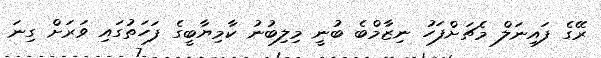
ރޭގެ ފައިނަލް މެޗަށްފަހު ނިޒާމްބެ ބުނީ މިލިބުނު ކާމިޔާބީގެ ފަހަތުގައި ވަރަށް ގިނަ